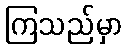
ကြသည်မှာ